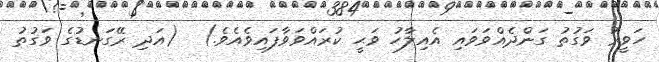
ހަވީރު ވަގުތު ގަންދެއްވަވައި އެއިލާހު ވަޙީ ކުރައްވަވާފައިވެއެވެ.)  (އަދި ރޭގަނޑުގެ ވަގުތު